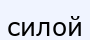
силой